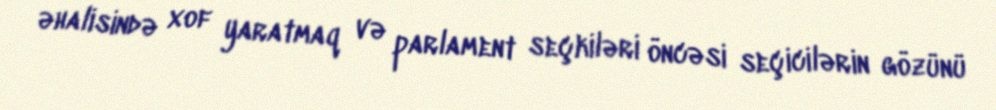
əhalisində xof yaratmaq və parlament seçkiləri öncəsi seçicilərin gözünü